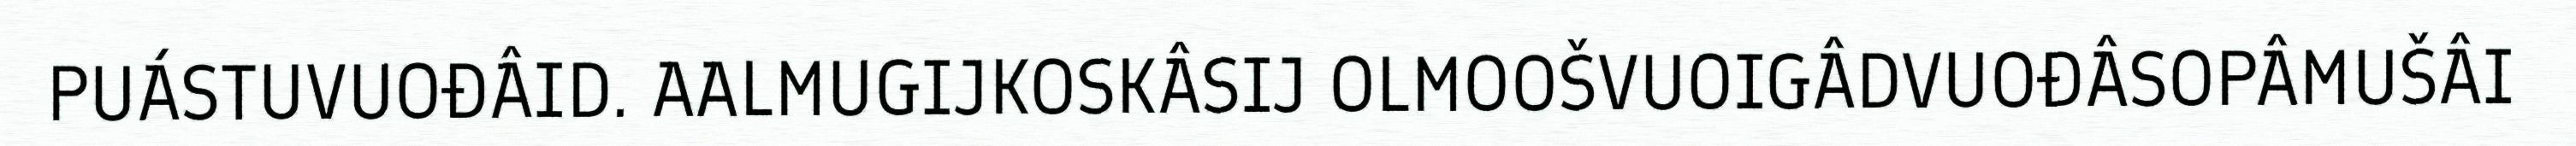
PUÁSTUVUOĐÂID. AALMUGIJKOSKÂSIJ OLMOOŠVUOIGÂDVUOĐÂSOPÂMUŠÂI